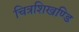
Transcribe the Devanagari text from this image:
चित्रशिखण्डि